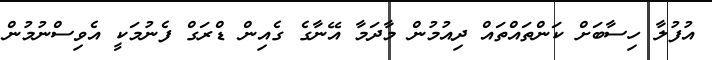
އުފުލާ ހިސާބަށް ކަންތައްތައް ދިއުމުން މާދަމާ އޭނާގެ ގެއިން ޑްރަގް ފެނުމަކީ އެވިސްނުމުން